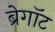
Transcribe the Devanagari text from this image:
ब्रेगॉट